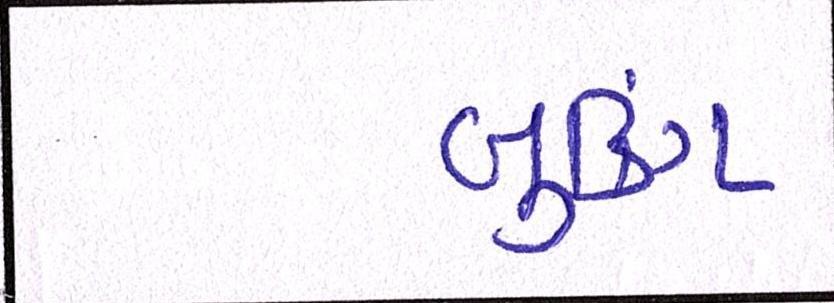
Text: બુકિંગ